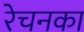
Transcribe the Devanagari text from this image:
रेचनका